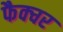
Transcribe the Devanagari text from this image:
फैक्चर